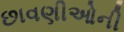
છાવણીઓની